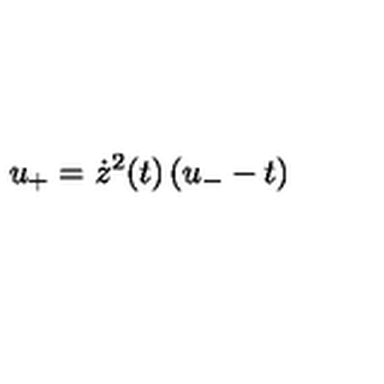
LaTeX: u _ { + } = \dot { z } ^ { 2 } ( t ) \left( u _ { - } - t \right)